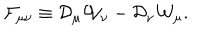
LaTeX: { \cal F } _ { \mu \nu } \equiv { \cal D } _ { \mu } { \cal W } _ { \nu } - { \cal D } _ { \nu } { \cal W } _ { \mu } .